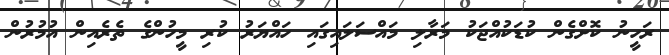
ރަހީނު ކޮށްގެން ކުޑަކުއްޖަކު މަރާލި މައްސަލައިގައި ހައްޔަރު ކުރި މީހުންގެ ތެރެއިން އުމުރުން